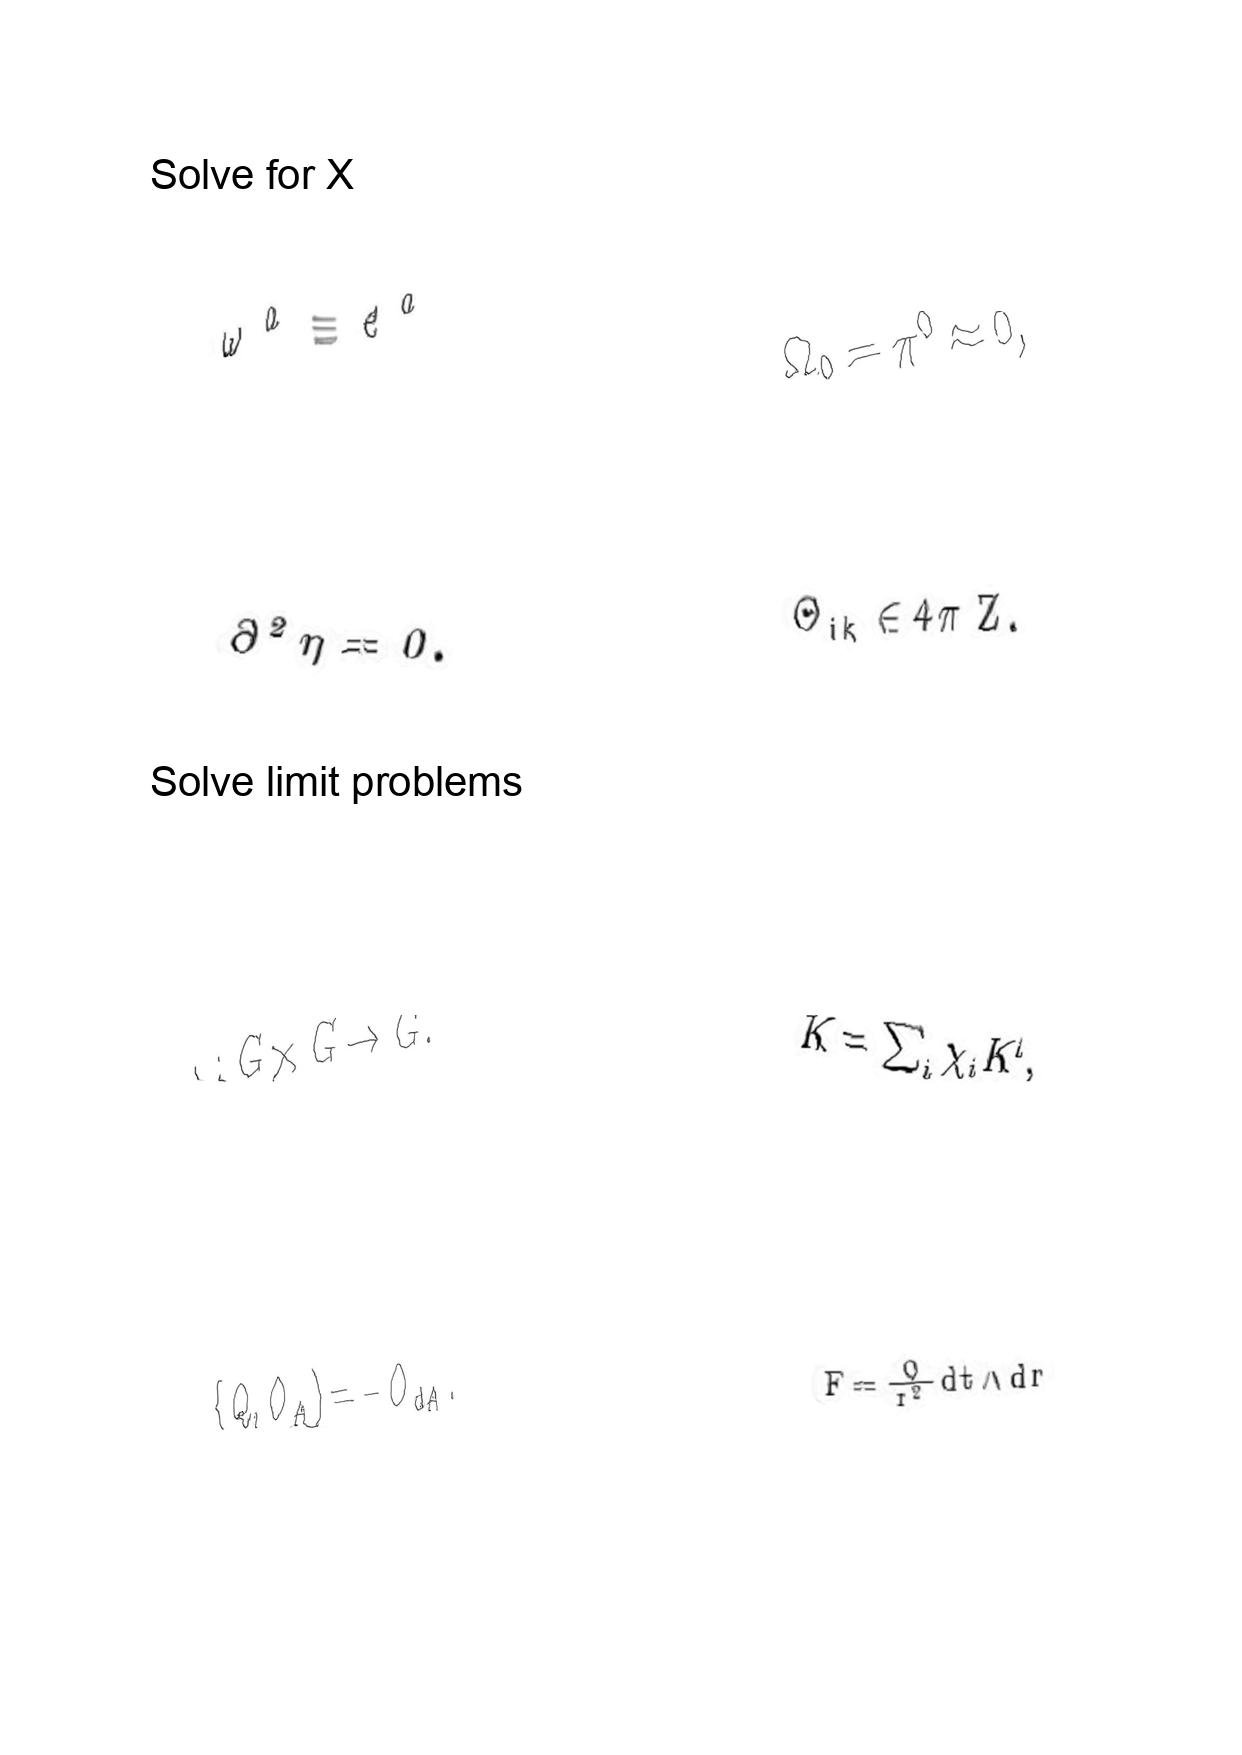
LaTeX transcription:
\omega ^ { a } \equiv e ^ { a }
\partial ^ { 2 } \eta = 0 .
\cdot : G \times G \rightarrow G .
\lbrace Q , O _ { A } \rbrace = - O _ { d A } .
\Omega _ { 0 } = \pi ^ { 0 } \approx 0 ,
\Theta _ { i k } \in 4 \pi \mathrm { \space Z } .
K = \sum _ { i } \chi _ { i } K ^ { i } ,
F = \frac { Q } { r ^ { 2 } } d t \wedge d r